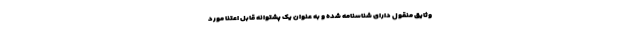
وثایق منقول دارای شناسنامه شده و به عنوان یک پشتوانه قابل اعتنا مورد